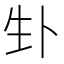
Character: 𪽁